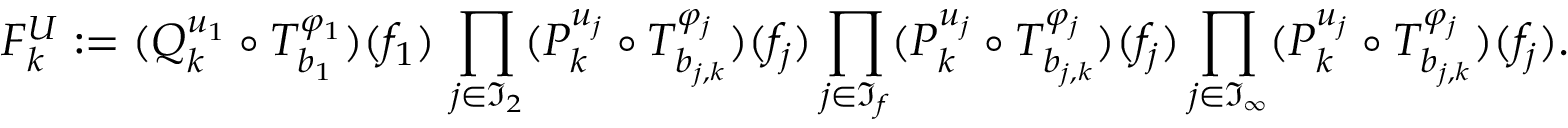
{ F _ { k } ^ { U } } : = ( Q _ { k } ^ { u _ { 1 } } \circ T _ { b _ { 1 } } ^ { \varphi _ { 1 } } ) ( f _ { 1 } ) \, \prod _ { j \in \mathfrak { I } _ { 2 } } ( P _ { k } ^ { u _ { j } } \circ T _ { b _ { j , k } } ^ { \varphi _ { j } } ) ( f _ { j } ) \prod _ { j \in \mathfrak { I } _ { f } } ( P _ { k } ^ { u _ { j } } \circ T _ { b _ { j , k } } ^ { \varphi _ { j } } ) ( f _ { j } ) \prod _ { j \in \mathfrak { I } _ { \infty } } ( P _ { k } ^ { u _ { j } } \circ T _ { b _ { j , k } } ^ { \varphi _ { j } } ) ( f _ { j } ) .